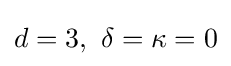
d=3,\ \delta =\kappa =0